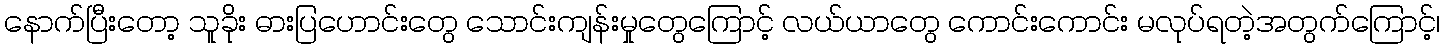
နောက်ပြီးတော့ သူခိုး ဓားပြဟောင်းတွေ သောင်းကျန်းမှုတွေကြောင့် လယ်ယာတွေ ကောင်းကောင်း မလုပ်ရတဲ့အတွက်ကြောင့်၊